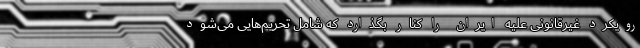
رویکرد غیرقانونی علیه ایران را کنار بگذارد که شامل تحریم‌هایی می‌شود